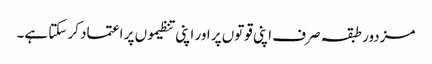
مزدور طبقہ صرف اپنی قوتوں پر اور اپنی تنظیموں پر اعتماد کر سکتا ہے۔